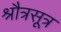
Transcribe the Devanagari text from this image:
श्रौत्रसूत्र